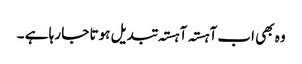
وہ بھی اب آہستہ آہستہ تبدیل ہوتا جا رہا ہے ۔